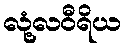
လုံ့လဝီရိယ